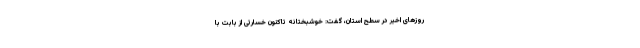
روزهای اخیر در سطح استان، گفت: خوشبختانه تاکنون خسارتی از بابت با